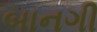
બાનગી